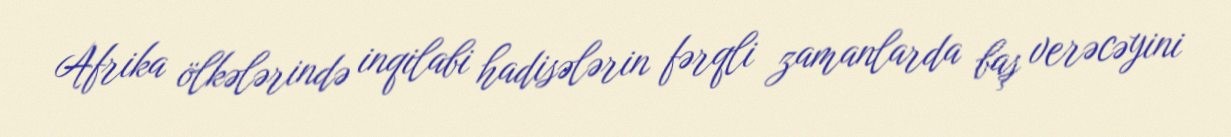
Afrika ölkələrində inqilabi hadisələrin fərqli zamanlarda baş verəcəyini